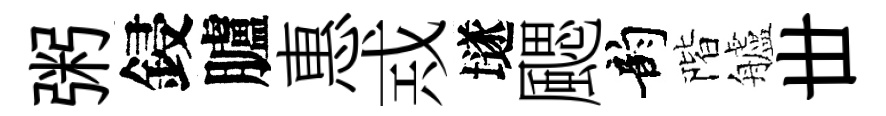
粥鋟臚惠𢦶𡑞颸韵階艫丗